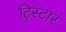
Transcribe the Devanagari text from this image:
ट्रिस्‍टार